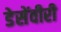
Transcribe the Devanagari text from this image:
डेसेंवीरी